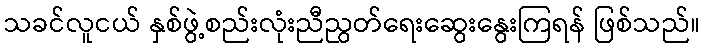
သခင်လူငယ် နှစ်ဖွဲ့စည်းလုံးညီညွတ်ရေးဆွေးနွေးကြရန် ဖြစ်သည်။